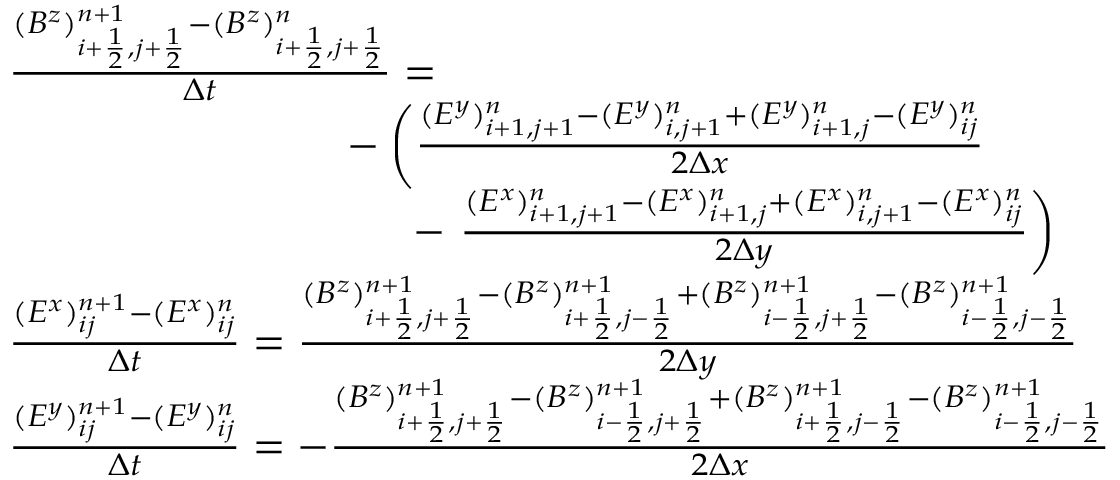
\begin{array} { r l } & { \frac { ( B ^ { z } ) _ { i + \frac 1 2 , j + \frac 1 2 } ^ { n + 1 } - ( B ^ { z } ) _ { i + \frac 1 2 , j + \frac 1 2 } ^ { n } } { \Delta t } = } \\ & { \phantom { m m m m m m m m m m } - \left( \frac { ( E ^ { y } ) _ { i + 1 , j + 1 } ^ { n } - ( E ^ { y } ) _ { i , j + 1 } ^ { n } + ( E ^ { y } ) _ { i + 1 , j } ^ { n } - ( E ^ { y } ) _ { i j } ^ { n } } { 2 \Delta x } \right. } \\ & { \phantom { m m m m m m m m m m m m } - \left. \frac { ( E ^ { x } ) _ { i + 1 , j + 1 } ^ { n } - ( E ^ { x } ) _ { i + 1 , j } ^ { n } + ( E ^ { x } ) _ { i , j + 1 } ^ { n } - ( E ^ { x } ) _ { i j } ^ { n } } { 2 \Delta y } \right) } \\ & { \frac { ( E ^ { x } ) _ { i j } ^ { n + 1 } - ( E ^ { x } ) _ { i j } ^ { n } } { \Delta t } = \frac { ( B ^ { z } ) _ { i + \frac 1 2 , j + \frac 1 2 } ^ { n + 1 } - ( B ^ { z } ) _ { i + \frac 1 2 , j - \frac 1 2 } ^ { n + 1 } + ( B ^ { z } ) _ { i - \frac 1 2 , j + \frac 1 2 } ^ { n + 1 } - ( B ^ { z } ) _ { i - \frac 1 2 , j - \frac 1 2 } ^ { n + 1 } } { 2 \Delta y } } \\ & { \frac { ( E ^ { y } ) _ { i j } ^ { n + 1 } - ( E ^ { y } ) _ { i j } ^ { n } } { \Delta t } = - \frac { ( B ^ { z } ) _ { i + \frac 1 2 , j + \frac 1 2 } ^ { n + 1 } - ( B ^ { z } ) _ { i - \frac 1 2 , j + \frac 1 2 } ^ { n + 1 } + ( B ^ { z } ) _ { i + \frac 1 2 , j - \frac 1 2 } ^ { n + 1 } - ( B ^ { z } ) _ { i - \frac 1 2 , j - \frac 1 2 } ^ { n + 1 } } { 2 \Delta x } } \end{array}